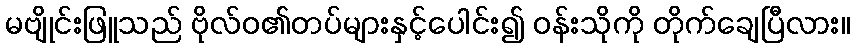
မဗျိုင်းဖြူသည် ဗိုလ်ဝ၏တပ်များနှင့်ပေါင်း၍ ဝန်းသိုကို တိုက်ချေပြီလား။